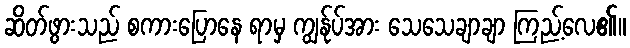
ဆိတ်ဖွားသည် စကားပြောနေ ရာမှ ကျွန်ုပ်အား သေသေချာချာ ကြည့်လေ၏။